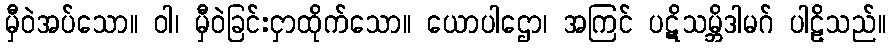
မှီဝဲအပ်သော။ ဝါ၊ မှီဝဲခြင်းငှာထိုက်သော။ ယောပါဌော၊ အကြင် ပဋိသမ္ဘိဒါမဂ် ပါဠိသည်။